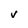
Character: V